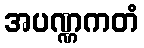
အပဏ္ဏကတံ